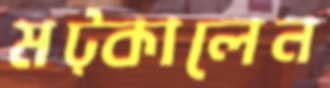
মট্‌কালেন